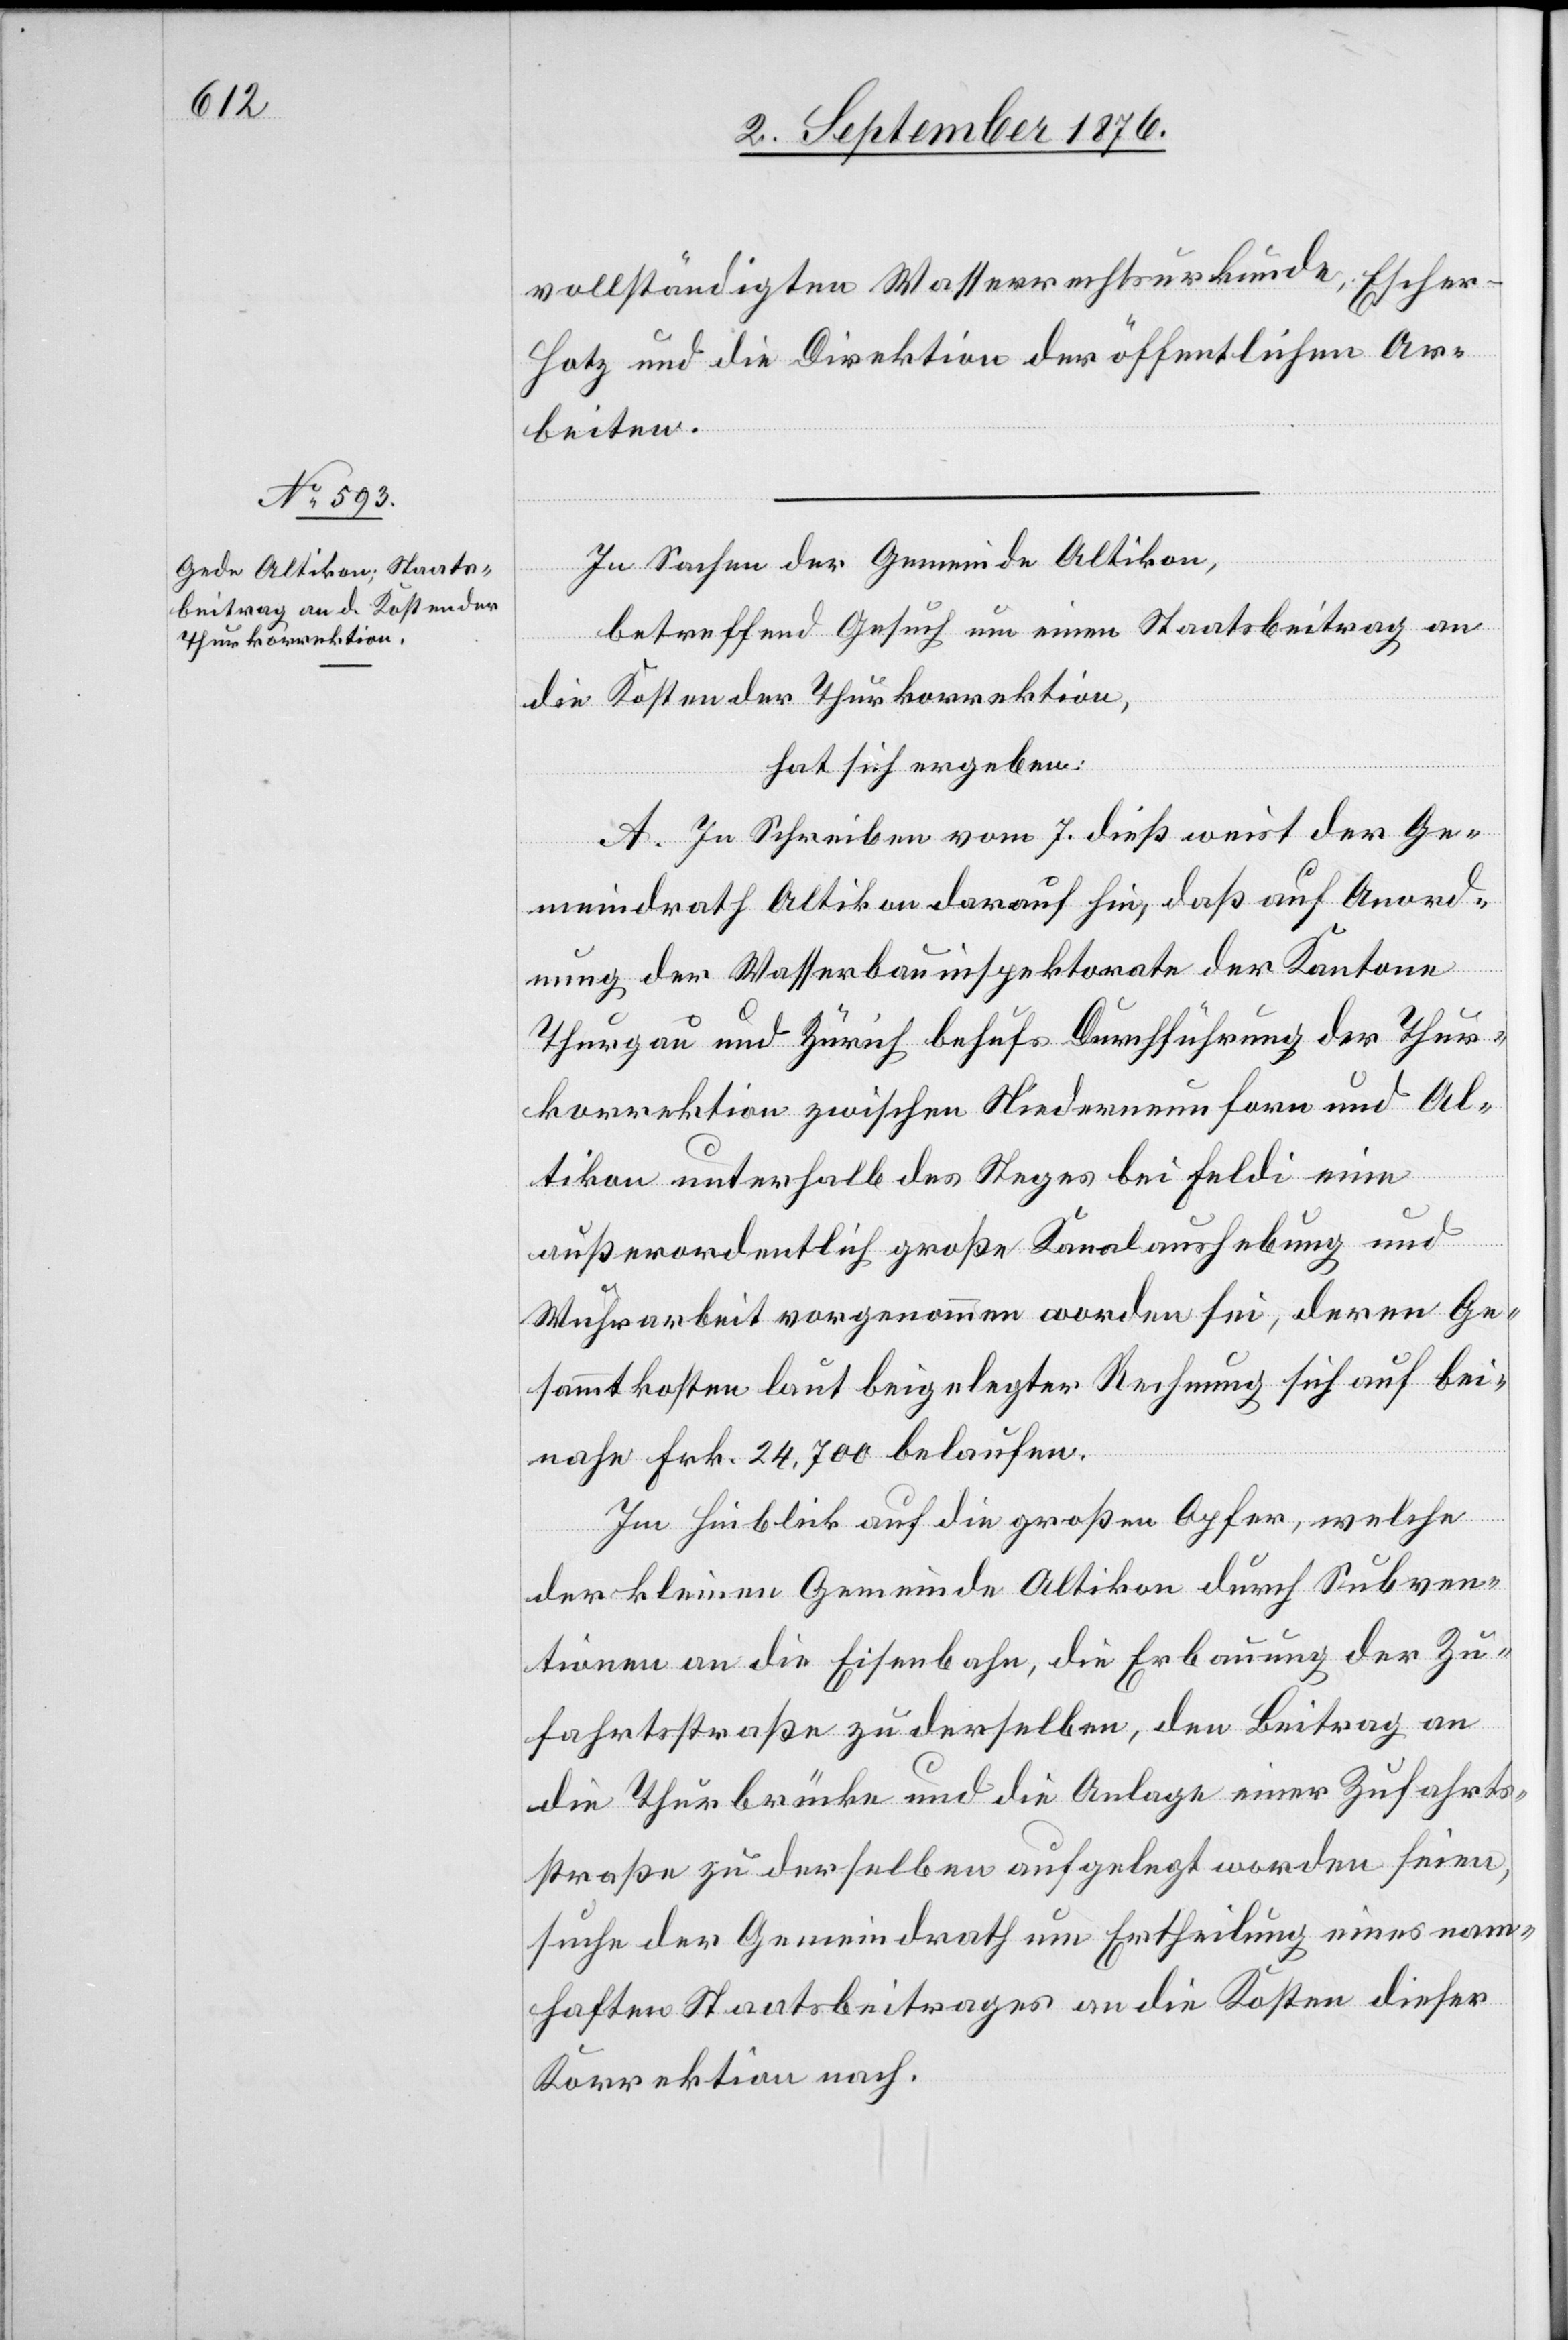
vollständigten Wasserrechtsurkunde, Escher-H¬
otz und die Direktion der öffentlichen Ar¬
beiten.
In Sachen der Gemeinde Altikon,
betreffend Gesuch um einen Staatsbeitrag an
die Kosten der Thurkorrektion,
hat sich ergeben:
A. In Schreiben vom 7. dieß weist der Ge¬
meindrath Altikon darauf hin, daß auf Anord¬
nung der Wasserbauinspektorate der Kantone
Thurgau und Zürich behufs Durchführung der Thur¬
korrektion zwischen Niederneunforn und Al¬
tikon unterhalb des Steges bei Feldi eine
außerordentlich große Kanalaushebung und
Wuhrarbeit vorgenommen worden sei, deren Ge¬
sammtkosten laut beigelegter Rechnung sich auf bei¬
nahe Frk. 24,700 belaufen.
Im Hinblick auf die großen Opfer, welche
der kleinen Gemeinde Altikon durch Subven¬
tionen an die Eisenbahn, die Erbauung der Zu¬
fahrtsstraße zu derselben, den Beitrag an
die Thurbrücke und die Anlage einer Zufahrts¬
straße zu derselben auferlegt worden seien,
suche der Gemeindrath um Ertheilung eines nam¬
haften Staatsbeitrages an die Kosten dieser
Korrektion nach.